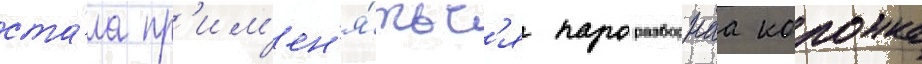
ста́ла пр'им'ен'я́тьс'я пароразборнаа колонка